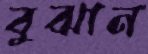
বুঝান